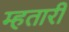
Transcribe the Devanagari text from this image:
म्हतारी